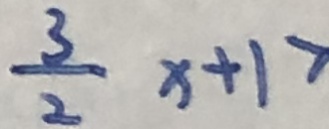
\frac { 3 } { 2 } x + 1 >